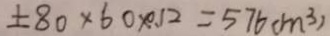
\pm 8 0 \times 6 0 \times 0 . 1 2 = 5 7 6 ( m ^ { 3 } )